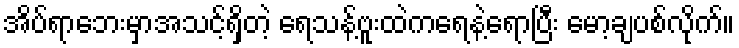
အိပ်ရာဘေးမှာအသင့်ရှိတဲ့ ရေသန့်ဗူးထဲကရေနဲ့ရောပြီး မော့ချပစ်လိုက်။